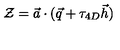
{ \cal Z } = \vec { a } \cdot ( \vec { q } + \tau _ { 4 D } \vec { h } )